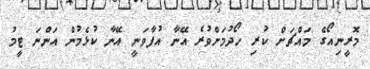
މޮރީނިއޯގެ މައްޗަށް ކުރި ހޯދުމަށްވުރެ އޭނާ އުފާވަނީ އޭނާ ކުޅެމުން އަންނަ ޓީމު